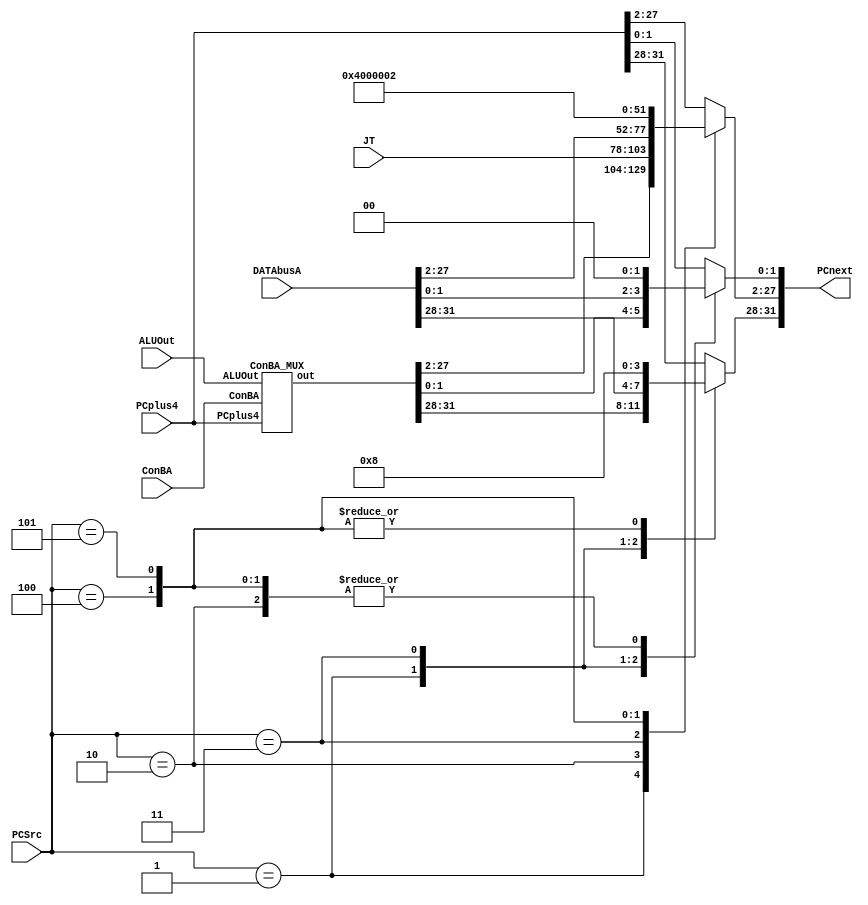
module PCnext_MUX(PCSrc, ALUOut, PCplus4, ConBA, JT, DATAbusA, PCnext);
input ALUOut;
input [2:0]PCSrc;
input [31:0]PCplus4, ConBA, DATAbusA;
input [25:0]JT;
output reg[31:0]PCnext;

localparam ILLOP = 32'h80000004;	//
localparam XADR = 32'h80000008;	//

wire [31:0]temp;
ConBA_MUX cm(ConBA, PCplus4, ALUOut, temp);

always@(*)
case(PCSrc)
  0: PCnext<=PCplus4;
  1: PCnext<=temp;
  2: 
    begin
	  PCnext[31:28] <= PCplus4[31:28];
	  PCnext[27:2] <= JT;
	  PCnext[1:0] <= 2'b00;
	end
  3: PCnext<=DATAbusA;
  4: PCnext<=ILLOP;
  5: PCnext<=XADR;
  default: PCnext<=PCplus4;
endcase
endmodule


module ConBA_MUX(ConBA, PCplus4, ALUOut, out);
input ALUOut;
input [31:0]ConBA, PCplus4;
output reg[31:0]out;
always@(*)
case(ALUOut)
  0: out<=PCplus4;
  1: out<=ConBA;
endcase
endmodule